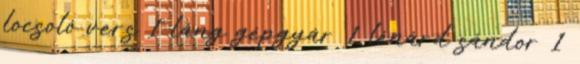
locsoló vers 1 láng gépgyár 1 lénárd sándor 1